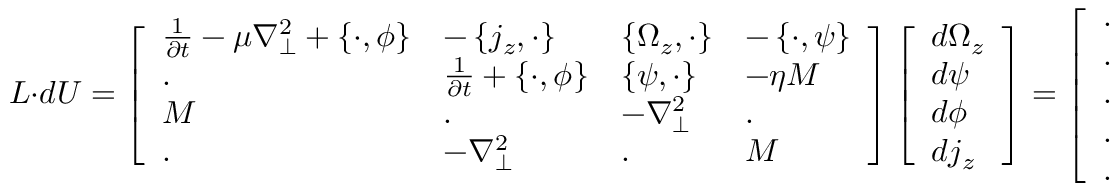
L \cdot d U = \left[ \begin{array} { l l l l } { \frac { 1 } { \partial t } - \mu \nabla _ { \perp } ^ { 2 } + \left\{ \cdot , { \phi } \right\} } & { - \left\{ j _ { z } , \cdot \right\} } & { \left\{ { \Omega _ { z } } , \cdot \right\} } & { - \left\{ \cdot , { \psi } \right\} } \\ { . } & { \frac { 1 } { \partial t } + \left\{ \cdot , { \phi } \right\} } & { \left\{ { \psi } , \cdot \right\} } & { - \eta M } \\ { M } & { . } & { - \nabla _ { \perp } ^ { 2 } } & { . } \\ { . } & { - \nabla _ { \perp } ^ { 2 } } & { . } & { M } \end{array} \right] \left[ \begin{array} { l } { { d \Omega _ { z } } } \\ { { d \psi } } \\ { { d \phi } } \\ { { d j _ { z } } } \end{array} \right] = \left[ \begin{array} { l } { . } \\ { . } \\ { . } \\ { . } \\ { . } \end{array} \right] .